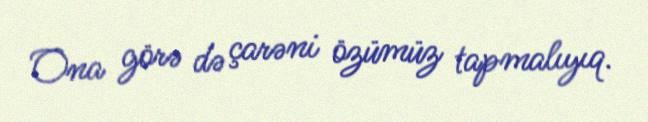
Ona görə də çarəni özümüz tapmalıyıq.